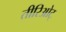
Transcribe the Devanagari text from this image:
तीरिओट्